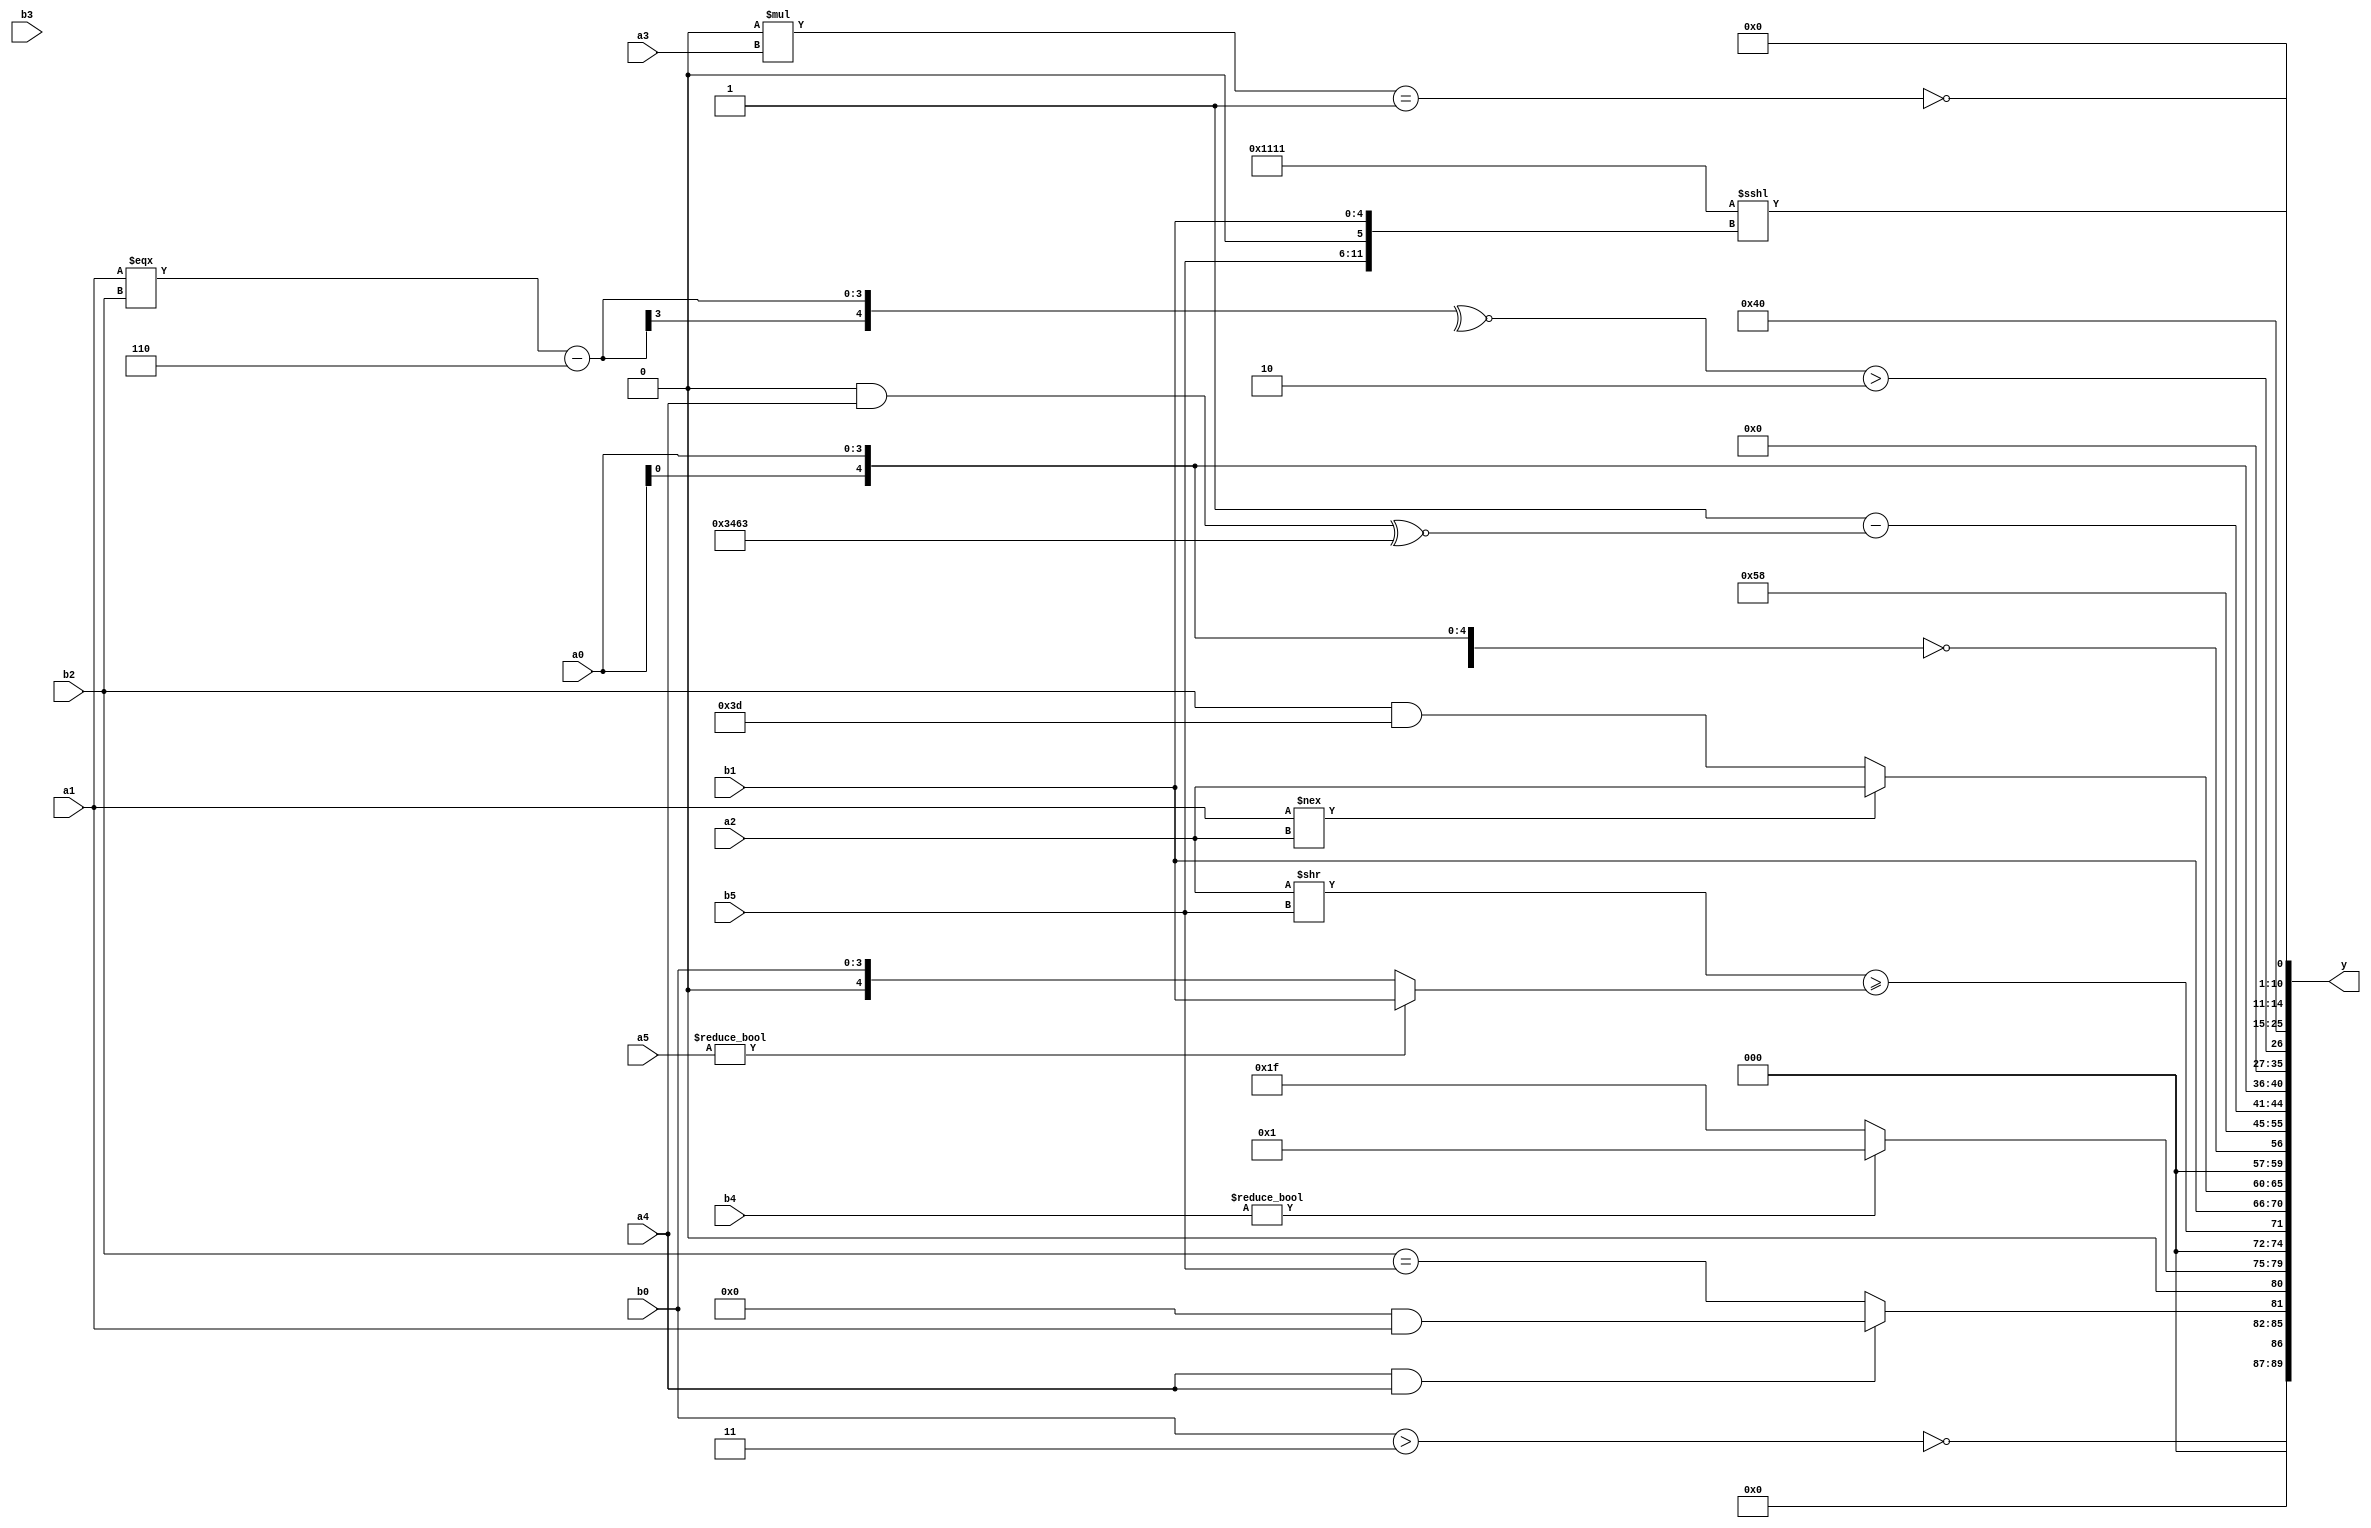
module expression_00453(a0, a1, a2, a3, a4, a5, b0, b1, b2, b3, b4, b5, y);
  input [3:0] a0;
  input [4:0] a1;
  input [5:0] a2;
  input signed [3:0] a3;
  input signed [4:0] a4;
  input signed [5:0] a5;

  input [3:0] b0;
  input [4:0] b1;
  input [5:0] b2;
  input signed [3:0] b3;
  input signed [4:0] b4;
  input signed [5:0] b5;

  wire [3:0] y0;
  wire [4:0] y1;
  wire [5:0] y2;
  wire signed [3:0] y3;
  wire signed [4:0] y4;
  wire signed [5:0] y5;
  wire [3:0] y6;
  wire [4:0] y7;
  wire [5:0] y8;
  wire signed [3:0] y9;
  wire signed [4:0] y10;
  wire signed [5:0] y11;
  wire [3:0] y12;
  wire [4:0] y13;
  wire [5:0] y14;
  wire signed [3:0] y15;
  wire signed [4:0] y16;
  wire signed [5:0] y17;

  output [89:0] y;
  assign y = {y0,y1,y2,y3,y4,y5,y6,y7,y8,y9,y10,y11,y12,y13,y14,y15,y16,y17};

  localparam [3:0] p0 = (~&(&(((4'd8)?(5'd14):(2'd1))?((-5'sd1)?(-5'sd0):(4'd12)):(-(2'd0)))));
  localparam [4:0] p1 = (!(2'sd1));
  localparam [5:0] p2 = {(3'd7),(5'd14)};
  localparam signed [3:0] p3 = (((5'd9)-(4'd9))?((5'sd2)^(2'sd0)):((5'sd8)>(-2'sd0)));
  localparam signed [4:0] p4 = ({4{(5'sd2)}}>(5'd11));
  localparam signed [5:0] p5 = {4{(5'd29)}};
  localparam [3:0] p6 = (+(~|((|{((2'd1)|(5'd3)),(&(4'd7)),((2'd1)===(5'd7))})<<<(&((|(~&(3'd6)))&((2'd0)<=(-3'sd3)))))));
  localparam [4:0] p7 = (((3'sd0)?(2'd3):(3'sd2))?{(2'sd1),(4'sd6),(-5'sd1)}:(4'd10));
  localparam [5:0] p8 = ((|(4'd7))!==((4'sd7)>(4'd2)));
  localparam signed [3:0] p9 = (3'd4);
  localparam signed [4:0] p10 = ({2{((2'd2)<=(5'd22))}}|({1{(-5'sd14)}}!=((-3'sd0)>>(4'd2))));
  localparam signed [5:0] p11 = ({1{((-5'sd6)!==(-4'sd4))}}&{2{(5'd18)}});
  localparam [3:0] p12 = {1{((3'd0)?{3{(-5'sd11)}}:((3'd0)?(-3'sd2):(3'd3)))}};
  localparam [4:0] p13 = (~{4{(((5'sd10)?(5'd5):(4'd1))+(^(5'd15)))}});
  localparam [5:0] p14 = ((^{(&(4'd7)),((4'sd3)!==(5'd16))})?{(~^((3'd2)+(4'd0)))}:{{((5'sd14)!==(3'd1))}});
  localparam signed [3:0] p15 = {1{({2{(4'sd5)}}=={3{(-2'sd0)}})}};
  localparam signed [4:0] p16 = ((^(5'd11))===((3'sd3)&&(3'sd1)));
  localparam signed [5:0] p17 = ((~(3'd0))?((5'sd8)?(3'd7):(-2'sd1)):(+(2'd2)));

  assign y0 = ({p7,p12}?(!(b0>p12)):(p4>=p3));
  assign y1 = $unsigned((+((a4&&a4)?(p8&&a1):(b2==b5))));
  assign y2 = (b4?p4:p7);
  assign y3 = ((a2>>b5)>=(a5?b1:b0));
  assign y4 = {(a4<<<a3),{2{a5}},{1{b1}}};
  assign y5 = $unsigned($signed(((a1!==a2)?$unsigned(a2):(b2&p5))));
  assign y6 = (~|(~|{{4{(!{{4{a0}}})}}}));
  assign y7 = $unsigned($unsigned({1{(|((4'd12)))}}));
  assign y8 = (5'd24);
  assign y9 = (({p8,p6,p14}?(!{4{p11}}):$signed((p4<=p0)))-($signed({(p15&a4)})^~({p13,p12,p10}|{p16})));
  assign y10 = {3{{(+(p5>=p0)),{3{a0}}}}};
  assign y11 = (^$signed((((((p12||p16)))==(~^(p9<<p9)))>>>$unsigned($signed(((~|(p9|p11))-($unsigned(p10))))))));
  assign y12 = ((~^((&(a1===b2))-(5'd6)))>(-(2'd2)));
  assign y13 = (~|((-(p16||p11))>>>(2'd3)));
  assign y14 = {3{{2{(^(~^p9))}}}};
  assign y15 = ({2{{p6,p0}}}<<<{{1{b5}},(p5?b1:p14)});
  assign y16 = (+(!(!(&(~|(&(~^(!p9))))))));
  assign y17 = (~&$unsigned((((p15*a3)==(p6)))));
endmodule